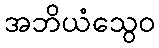
အဘိယံသွေဝ